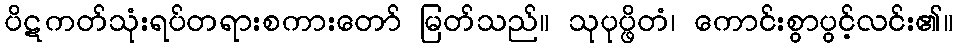
ပိဋကတ်သုံးရပ်တရားစကားတော် မြတ်သည်။ သုပုပ္ဖိတံ၊ ကောင်းစွာပွင့်လင်း၏။